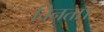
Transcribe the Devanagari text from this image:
विनता।